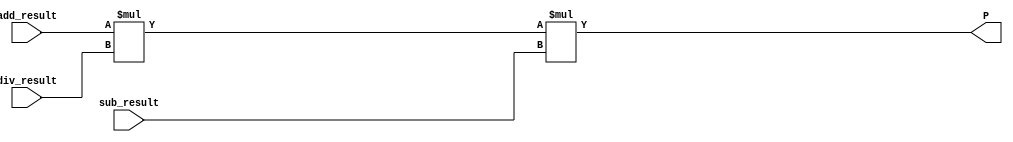
module MULT (
	input wire [8:0] add_result,
	input wire [8:0] div_result,
	input wire [8:0] sub_result,
	output wire [26:0] P
);

assign P = add_result * div_result * sub_result;

endmodule